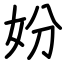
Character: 妢